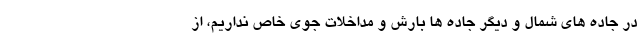
در جاده های شمال و دیگر جاده ها بارش و مداخلات جوی خاص نداریم، از